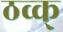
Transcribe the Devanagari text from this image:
ठव्क्